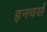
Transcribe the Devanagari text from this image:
इनवर्स